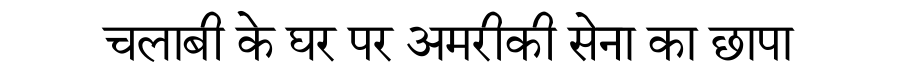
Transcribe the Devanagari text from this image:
चलाबी के घर पर अमरीकी सेना का छापा